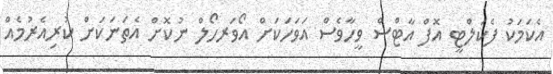
އެކަމަކު ފެކަލްޓީ އޮފް އާޓްސް ވީހާވެސް އަވަަހަކަށް އޯވަރހޯލް ނުކޮށް އެތަނަކަށް ކުރިއެރުމެއް